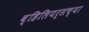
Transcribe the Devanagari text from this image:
व्हिलियर्सच्या